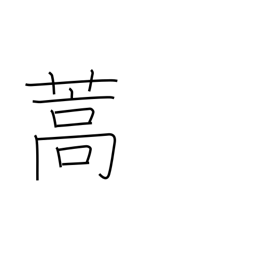
Meaning: mugwort